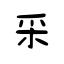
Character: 采